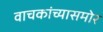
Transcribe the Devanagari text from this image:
वाचकांच्यासमोर